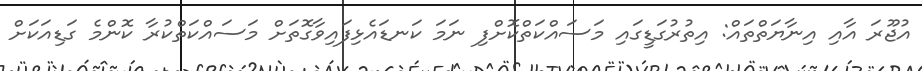
އުޖޫރަ އާއި އިނާޔަތްތައް: އިތުރުގަޑީގައި މަސައްކަތްކޮށްފި ނަމަ ކަނޑައެޅިފައިވާގޮތަށް މަސައްކަތްކުރާ ކޮންމެ ގަޑިއަކަށް